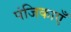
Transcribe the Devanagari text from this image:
पंजिकाएँ